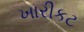
ખારીકટ